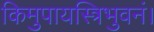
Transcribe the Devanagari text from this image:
किमुपायस्त्रिभुवनं।